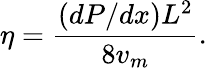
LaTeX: \eta=\frac{(dP/dx)L^{2}}{8v_{m}}.